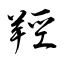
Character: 羥